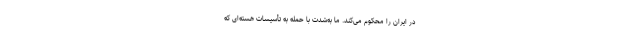
در ایران را محکوم می‌کند. ما به‌شدت با حمله به تأسیسات هسته‌ای که